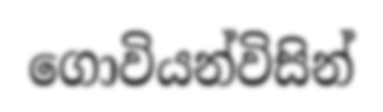
ගොවියන්විසින්